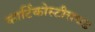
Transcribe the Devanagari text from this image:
कार्टिकोस्टीरायड